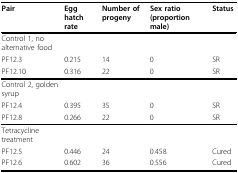
<table><thead><tr><td><b>Pair</b></td><td><b>Egg hatch rate</b></td><td><b>Number of progeny</b></td><td><b>Sex ratio (proportion male)</b></td><td><b>Status</b></td></tr></thead><tbody><tr><td>Control 1, no alternative food</td><td></td><td></td><td></td><td></td></tr><tr><td>PF12.3</td><td>0.215</td><td>14</td><td>0</td><td>SR</td></tr><tr><td>PF12.10</td><td>0.316</td><td>22</td><td>0</td><td>SR</td></tr><tr><td>Control 2, golden syrup</td><td></td><td></td><td></td><td></td></tr><tr><td>PF12.4</td><td>0.395</td><td>35</td><td>0</td><td>SR</td></tr><tr><td>PF12.8</td><td>0.266</td><td>22</td><td>0</td><td>SR</td></tr><tr><td>Tetracycline treatment</td><td></td><td></td><td></td><td></td></tr><tr><td>PF12.5</td><td>0.446</td><td>24</td><td>0.458</td><td>Cured</td></tr><tr><td>PF12.6</td><td>0.602</td><td>36</td><td>0.556</td><td>Cured</td></tr></tbody></table>